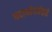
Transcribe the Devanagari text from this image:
पदार्थापर्यंतचे